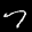
Label: 7